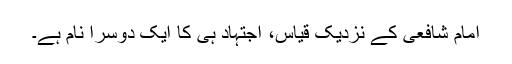
امام شافعی کے نزدیک قیاس، اجتہاد ہی کا ایک دوسرا نام ہے۔